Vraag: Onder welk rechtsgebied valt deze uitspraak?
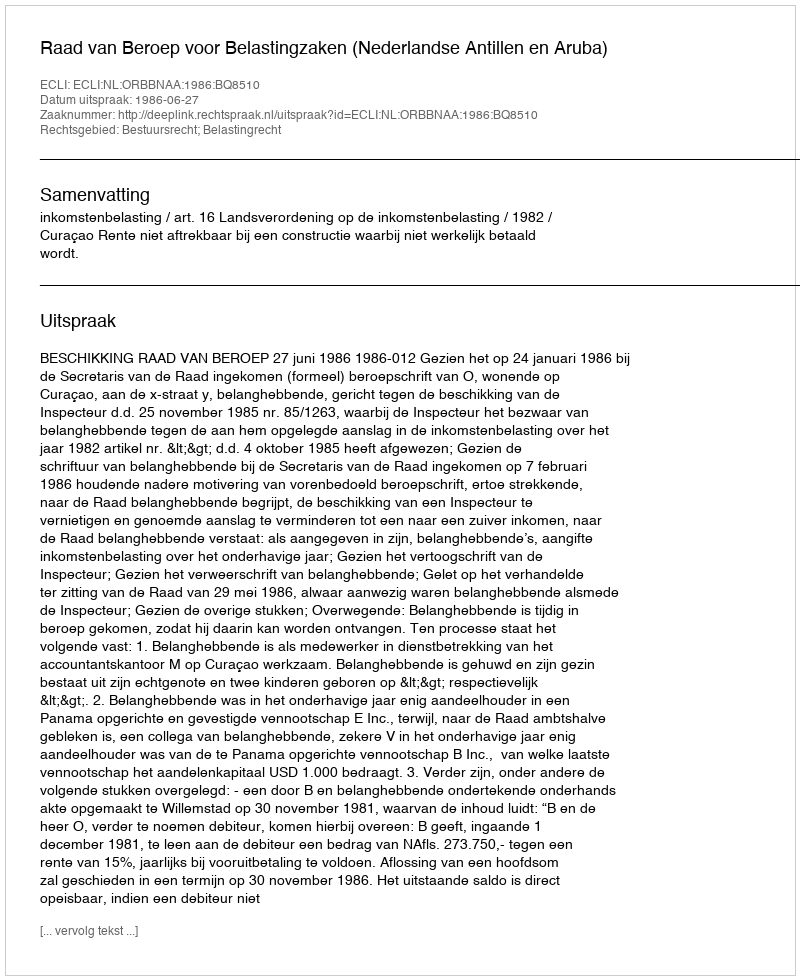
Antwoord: Bestuursrecht; Belastingrecht